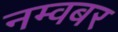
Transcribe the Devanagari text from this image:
नम्वबर